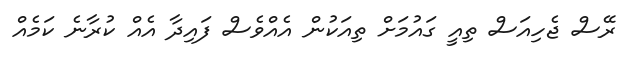
ރޭސް ޖެހިއަސް ތިއީ ގައުމަށް ތިއަކުން އެއްވެސް ފައިދާ އެއް ކުރާނެ ކަމެއް